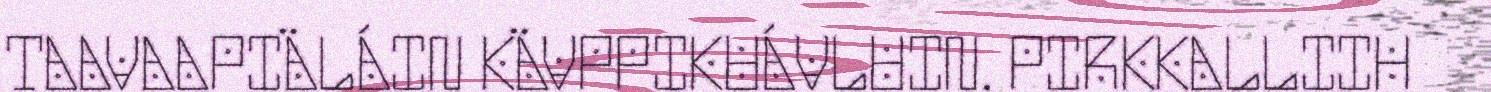
TAAVAAPIÄLÁIN KÄVPPIKUÁVLUIN. PIRKKALLIIH